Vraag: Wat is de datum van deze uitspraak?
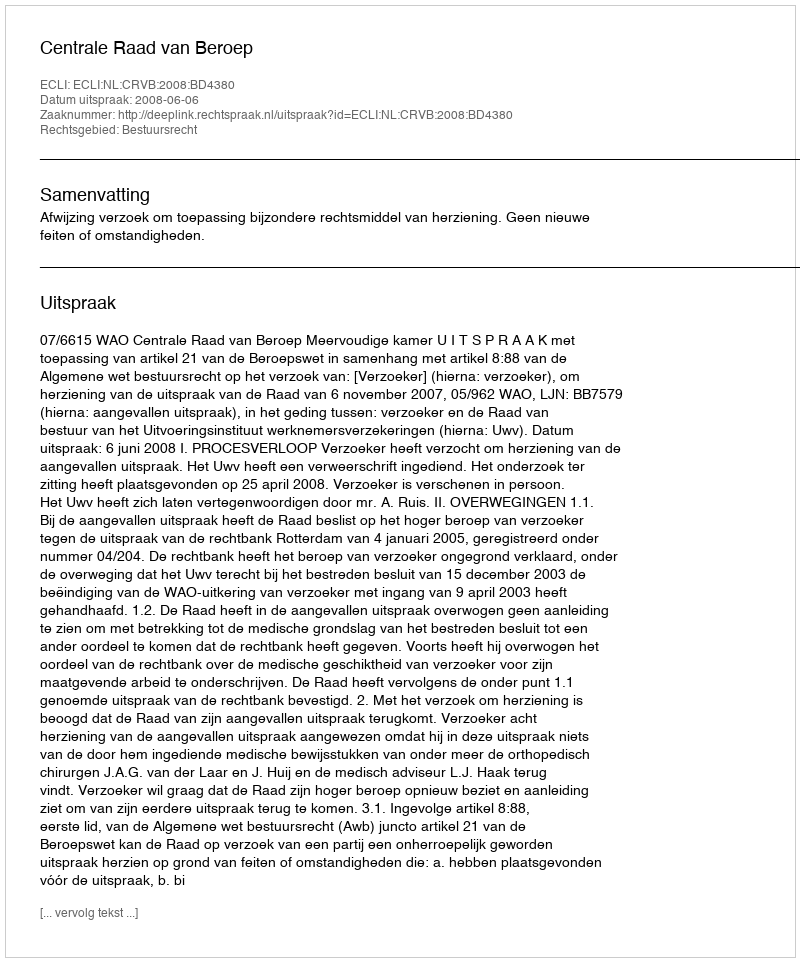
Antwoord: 2008-06-06